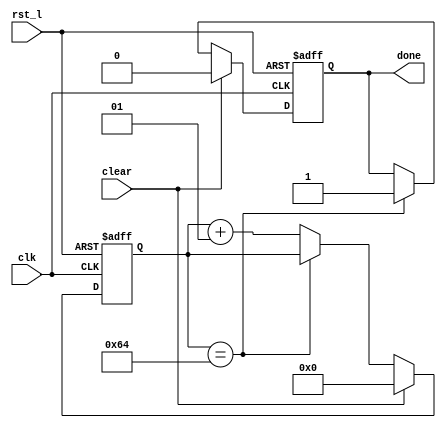
`timescale 1ns/1ps

module tcounter
  #(
    parameter N=100
    )
   (
    input      clk,
    input      rst_l,
    input      clear,
    output reg done
    );

   integer     clk_count;

   initial begin
      clk_count = 0;
      done      = 0;      
   end

   always @(posedge clk, negedge rst_l) begin
      if (!rst_l) begin
	 done      <= 0;
	 clk_count <= 0;	 
      end
      else begin
	 if (clear) begin	    
	    clk_count <= 0;
	    done      <= 0;
	 end
	 else if (clk_count == N) 
	    done <= 1;
	 else 
	    clk_count <= clk_count + 1;	   	 
      end
   end
   
   
endmodule // tcounter